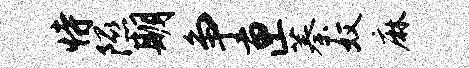
恃隰期争匣蓁奴麻